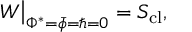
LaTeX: W \big | _ { \Phi ^ { * } = \bar { \phi } = \hbar = 0 } = S _ { \mathrm { c l } } ,